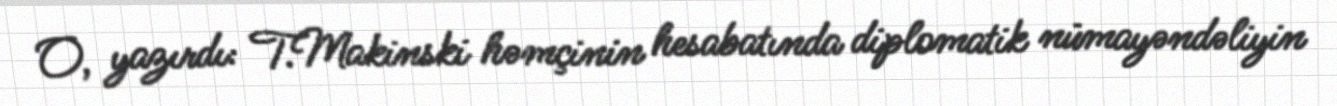
O, yazırdı: T.Makinski həmçinin hesabatında diplomatik nümayəndəliyin